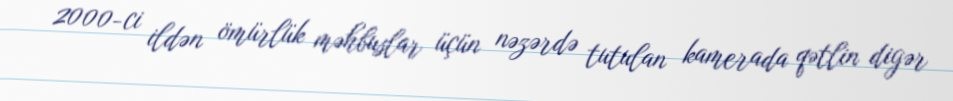
2000-ci ildən ömürlük məhbuslar üçün nəzərdə tutulan kamerada qətlin digər